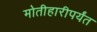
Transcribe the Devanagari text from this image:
मोतीहारीपर्यंत